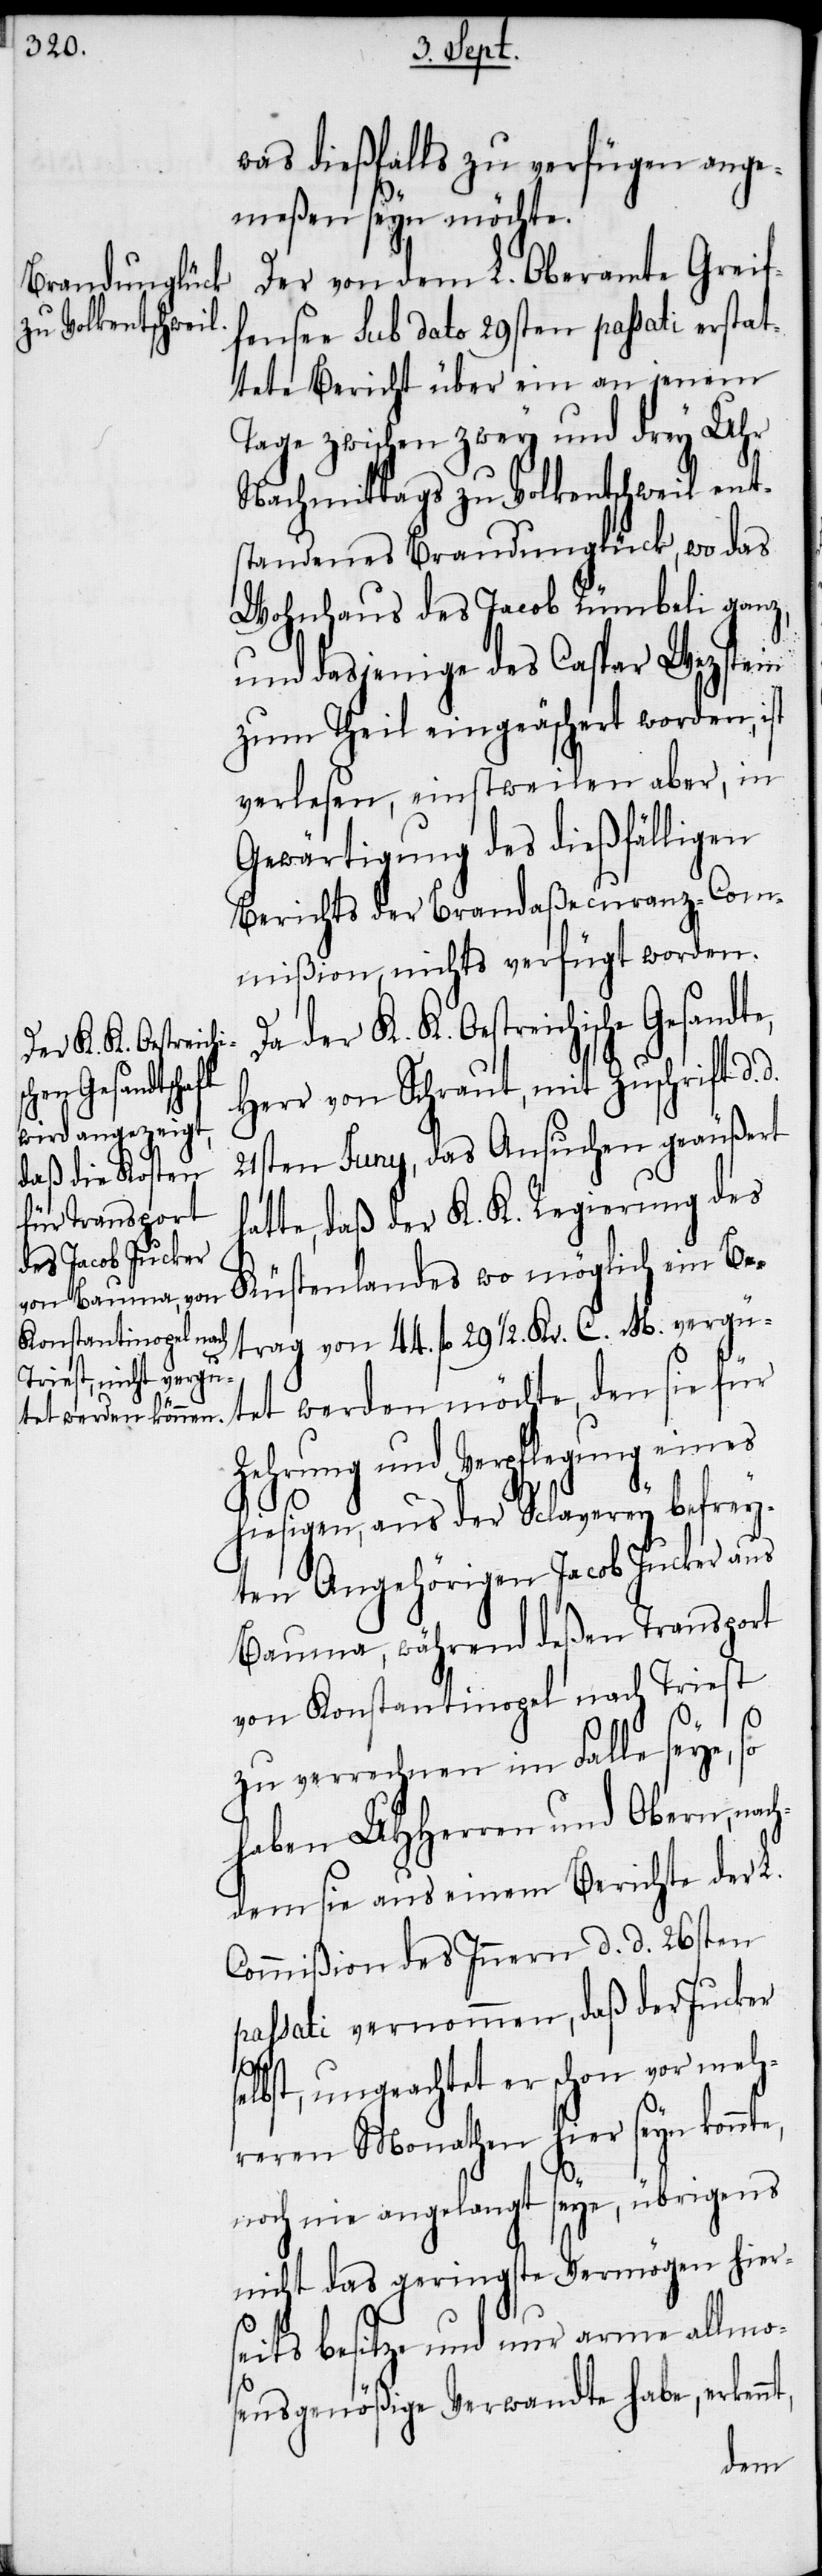
was dießfalls zu verfügen ange¬
meßen seyn möchte.
Der von dem L. Oberamte Greif¬
fensee sub dato 29sten passati erstat¬
tete Bericht über ein an jenem
Tage zwischen zwey und drey Uhr
Nachmittags zu Volkentschweil ent¬
standenes Brandunglück, wo das
Wohnhaus des Jacob Rümbeli ganz,
und dasjenige des Caspar Wezstein
zum Theil eingeäschert worden, ist
verlesen, einstweilen aber, in
Gewärtigung des dießfälligen
Berichts der Brandaßecuranz-Com¬
mißion, nichts verfügt worden.
der K. K. Oestreichi¬
he Gesandte,
Herr von Schraut, mit Zuschrift d.
21sten Juny, das Ansuchen geäußert
atte, daß der K. K. Regierung des
Küstenlandes wo möglich ein Be¬
trag von 44. fl 29. ½. Kr. C. M. vergü¬
Zehrung und Verpflegung eines
hiesigen, aus der Sclaverey befrey¬
ten Angehörigen Jacob Jucker aus
Bauma, während deßen Transport
von Konstantinopel nach Triest
nt,
zu verrechnen im Falle seye, so
haben UHHerren und Obern, nac¬
hdem sie aus einem Berichte der L.
Commißion des Innern d. d. 26sten
passati vernommen, daß der Jucker
tet
selbst, ungeachtet er schon vor meh¬
reren Monathen hier seyn konnt¬
noch nie angelangt seye, übrigens
nicht das geringste Vermögen hier¬
seits besitze und nur arme allmo¬
sensgenößige Verwandte habe, erken¬
den